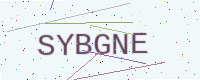
Text: SYBGNE